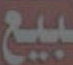
بيع